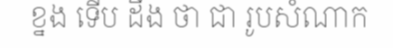
ខ្នង ទើប ដឹង ថា ជា រូបសំណាក